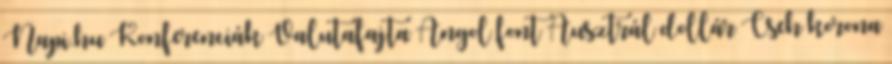
Napi.hu Konferenciák Valutafajta Angol font Ausztrál dollár Cseh korona